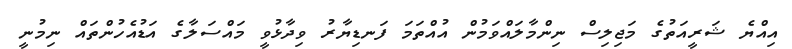
އިއްޔެ ޝަރީއަތުގެ މަޖިލިސް ނިންމާލައްވަމުން އުއްތަމަ ފަނޑިޔާރު ވިދާޅުވީ މައްސަލާގެ އަޑުއެހުންތައް ނިމުނީ